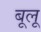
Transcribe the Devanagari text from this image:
बूलू